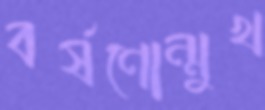
বর্ষণোন্মুখ